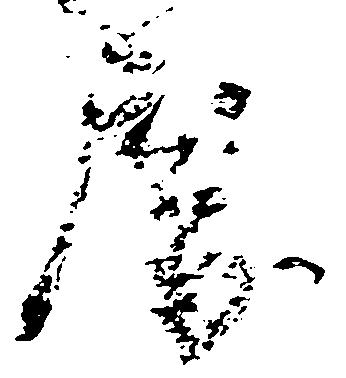
房